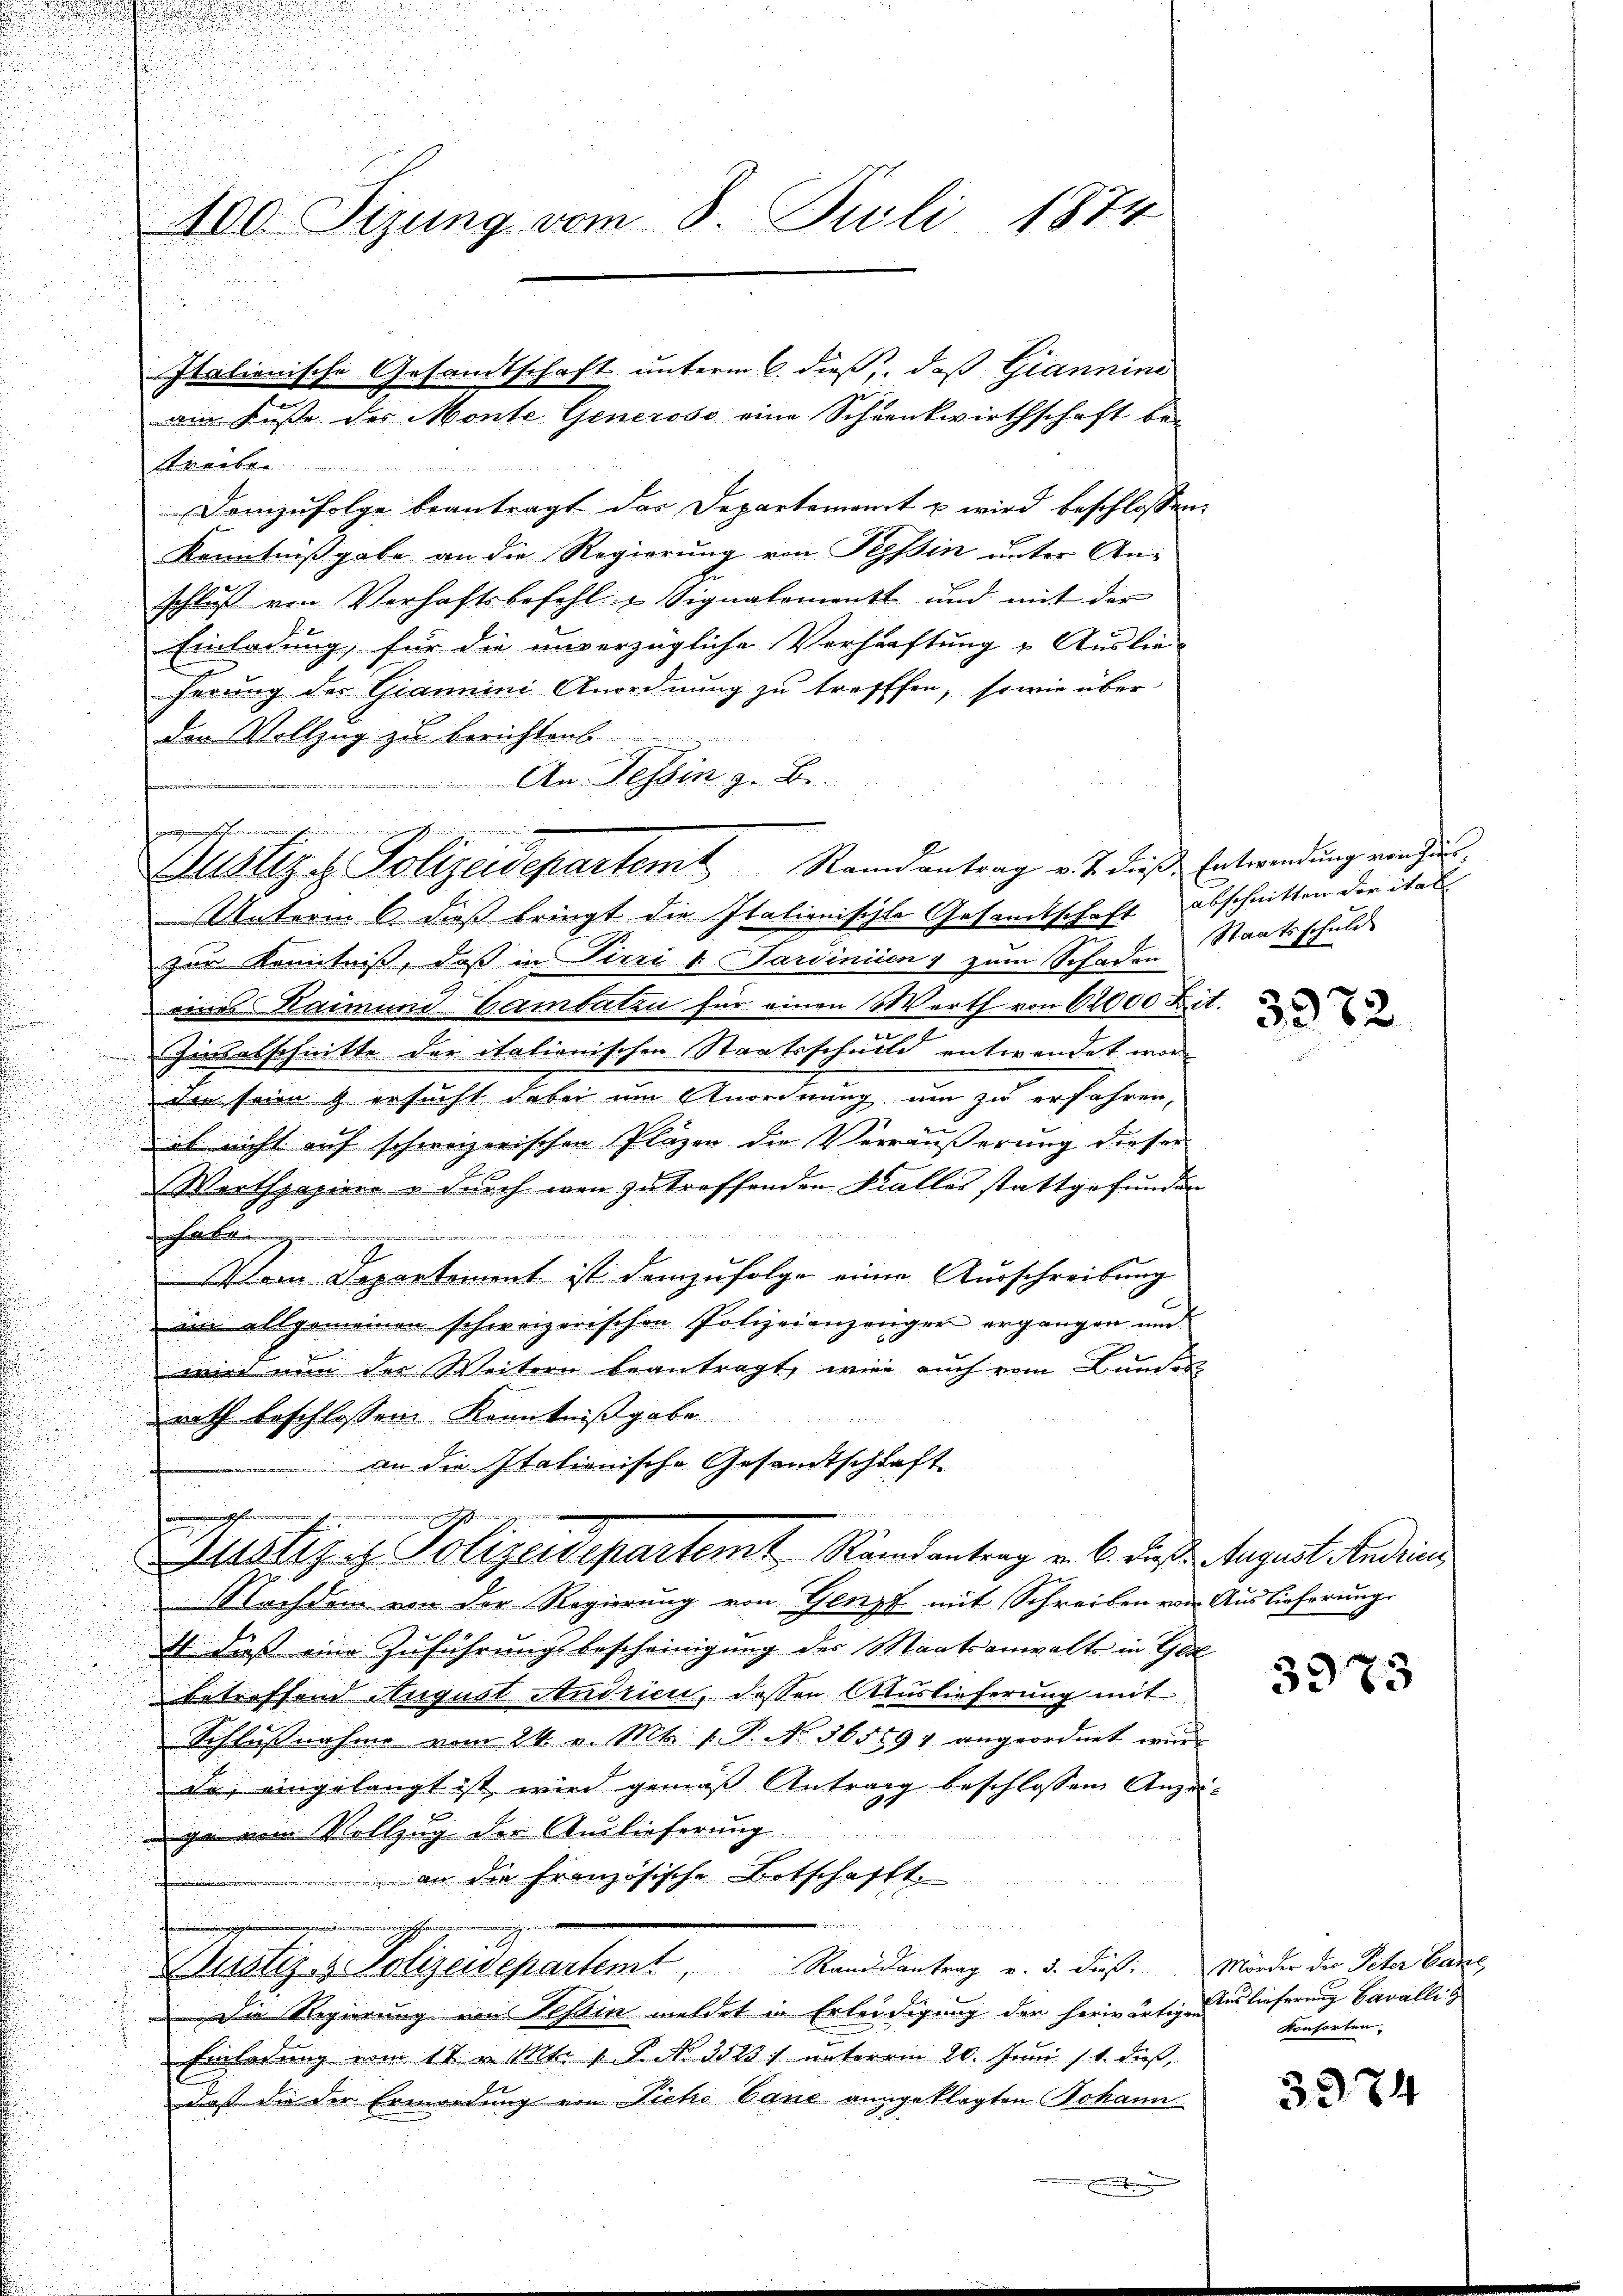
400. Tizung vom 8. Juli 1874

Italienische Gesandtschaft unterm 6. dieß, daß Giannini
am Kuste des Monte Generoso eine Schrankwirthschaft be¬

Eigen werden
Justiz. Polizeidepartemt Randantrag v. J. dieße Entwendung verhält.

svenable
Demzufolge beantragt das Departement u wird beschlossen:
Kenntnißgabe an die Regierung von Tessin unter Anschluß von Verhaftsbefehl Signalement und mit der
Einladung, für die unverzügliche Verhaftung & Auslie-
hörung der Giammini Anordnung zu trefffen, sowie über
den Vollzug zu berichtenb
An Tessin z. B.
Unterm 6. dieß bringt die Italienischte Gesandtschaft abschnitten der ital
zur Kenntniß, daß in Pirri v. Sardinien 1 zum Schaden Staatsschuld
eines Raimund Cambaten für einen Werth von 62000 Zit.
Zinsesschnitte der italienischen Staatsschuld entwendet worden seien & ersucht dabei um Anordnung, um zu erfahren,
ob nicht auf schweizerischen Plazen die Veräußerung dieser
Werthpapiere & durch wen zu troffenden Falles stattgefunden
.
E
tem Departement ist demzufolge einer Ausschreibung
im allgemeinen schweizerischen Polizeianzenger ergangen un
wird nun der Weitern beantragt, wie auch vom Bunde
rath beschlossen Kenntnißgabe

an die Itationische Gesandtschaft
e

Justiz & Polizeidepartemt Randantrag v. 6. dieß. August Indien

e

Nachdem von der Regierung von Genf mit Schreiben von Auslieferung
k
die dieß eine Zuführungsbescheinigung des Staatsanwalts in Gel
betreffend August Andrien, dessen Auslieferung mit
Schlußnahme vom 24. v. Mts. 1. P. No. 365594 angeordnet wurde eingelangt ist wird gemäß Antrag beschlossen Anzei-
ga vom Vollzug der Auslieferung
 an die französische Botschafft.

Justiz- & Polizeidepartem Stand dantrag v. 3. dieß. Mörder die Scher baden,
Die Regierung von Tessin meldet in Erleidigung der herwärtige Auslieferung Cavalli¬
Einladung vom 18. v. Mts. 1. P. No. 3513) unterm 20. Juni 11. dieß,
dass die der Ermordung von Picho Cane ausgeklagten Johann

3372

3973

Konsorten.

3974